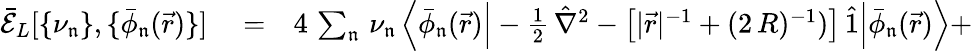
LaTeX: \begin{array}{rlr}{\mathcal{\bar{E}}_{L}[\{ \nu_{\mathfrak{n}}\} ,\{ \bar{\phi}_{\mathfrak{n}}(\vec{r})\} ]}&{{}=}&{4\, \sum_{\mathfrak{n}}\, \nu_{\mathfrak{n}}\, \Big\langle\bar{\phi}_{\mathfrak{n}}(\vec{r})\Big|-\frac{1}{2}\, \hat{\nabla}^{2}-\big[|\vec{r}|^{-1}+(2\, R)^{-1})\big]\, \hat{1}\Big|\bar{\phi}_{\mathfrak{n}}(\vec{r})\Big\rangle+}\end{array}